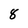
Character: 8